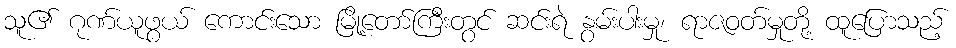
သူ၏ ဂုဏ်ယူဖွယ် ကောင်းသော မြို့တော်ကြီးတွင် ဆင်းရဲ နွမ်းပါးမှု၊ ရာဇဝတ်မှုတို့ ထူပြောသည့်